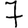
Digit: 7